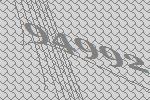
94992